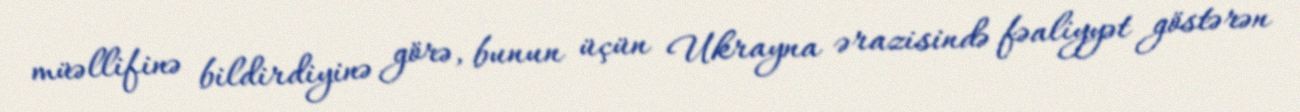
müəllifinə bildirdiyinə görə, bunun üçün Ukrayna ərazisində fəaliyyət göstərən